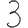
Digit: 3